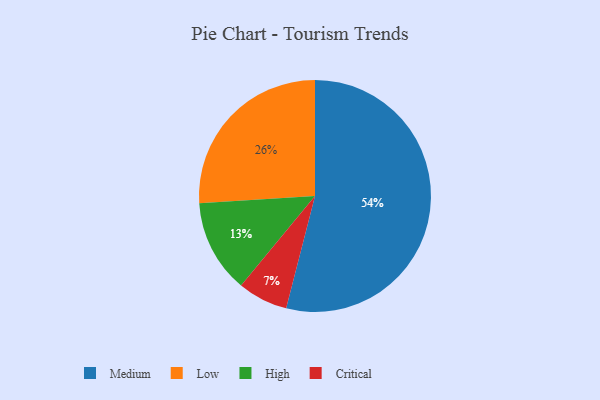
{"axis": {"x": "Category", "y": "Percentage"}, "legend": ["Critical", "High", "Low", "Medium"], "data": [{"x": "High", "y": 13, "type": "High"}, {"x": "Medium", "y": 54, "type": "Medium"}, {"x": "Critical", "y": 7, "type": "Critical"}, {"x": "Low", "y": 26, "type": "Low"}]}